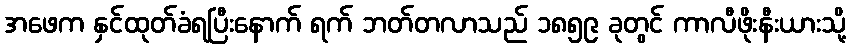
အဖေက နှင်ထုတ်ခံရပြီးနောက် ရက် ဘတ်တလာသည် ၁၈၅၉ ခုတွင် ကာလီဖိုးနီးယားသို့